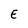
Character: E